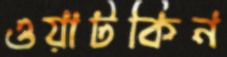
ওয়াটকিন